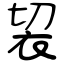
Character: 袃